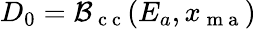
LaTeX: D_{0}={\cal B}_{\mathrm{~c~c~}}(E_{a},x_{\mathrm{~m~a~}})